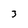
Character: 3